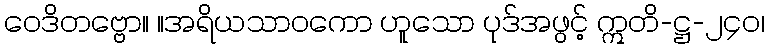
ဝေဒိတဗ္ဗော။ ။အရိယသာဝကော ဟူသော ပုဒ်အဖွင့် ဣတိ-ဋ္ဌ-၂၄၀၊